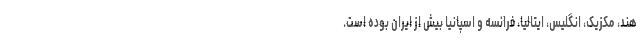
هند، مکزیک، انگلیس، ایتالیا، فرانسه و اسپانیا بیش از ایران بوده است.